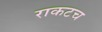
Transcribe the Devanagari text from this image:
राकटच